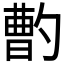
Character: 𱐽